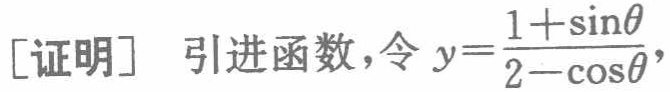
[证明] 引进函数，令 \(y = \frac{1 + \sin\theta}{2 - \cos\theta}\)，